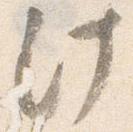
汁